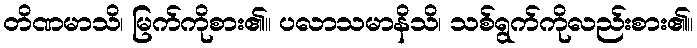
တိဏမာသိ၊ မြက်ကိုစား၏။ ပလာသမာနိသိ၊ သစ်ရွက်ကိုလည်းစား၏။